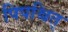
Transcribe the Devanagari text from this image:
पिपश्चित्